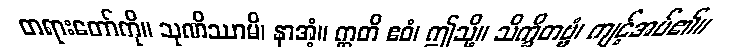
တရားတော်ကို။ သုဏိဿာမိ၊ နာအံ့။ ဣတိ ဧဝံ၊ ဤသို့။ သိက္ခိတဗ္ဗံ၊ ကျင့်အပ်၏။